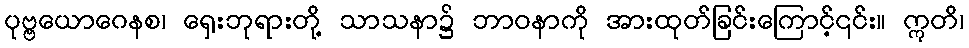
ပုဗ္ဗယောဂေနစ၊ ရှေးဘုရားတို့ သာသနာ၌ ဘာဝနာကို အားထုတ်ခြင်းကြောင့်၎င်း။ ဣတိ၊